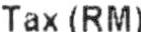
TAX (RM)